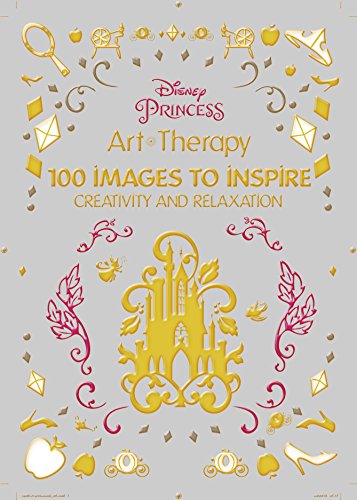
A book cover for Disney Princess: 100 Images to Inspire Creativity and Relaxation (Art Therapy); Catherine Saunier-Talec; Humor & Entertainment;